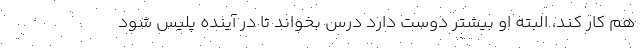
هم کار کند، البته او بیشتر دوست دارد درس بخواند تا در آینده پلیس شود